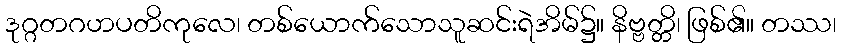
ဒုဂ္ဂတဂဟပတိကုလေ၊ တစ်ယောက်သောသူဆင်းရဲအိမ်၌။ နိဗ္ဗတ္တိ၊ ဖြစ်၏။ တဿ၊